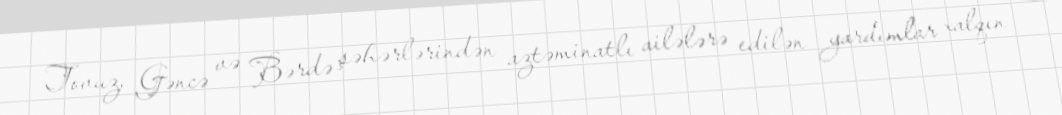
Tovuz, Gəncə və Bərdə şəhərlərindən aztəminatlı ailələrə edilən yardımlar xalqın